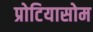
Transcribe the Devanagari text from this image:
प्रोटियासोम